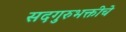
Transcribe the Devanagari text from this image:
सदगुरुभक्तीचे